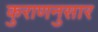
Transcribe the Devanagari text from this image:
कुराणनुसार